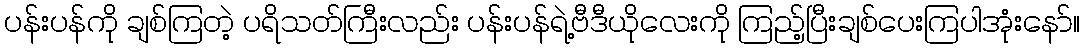
ပန်းပန်ကို ချစ်ကြတဲ့ ပရိသတ်ကြီးလည်း ပန်းပန်ရဲ့ဗီဒီယိုလေးကို ကြည့်ပြီးချစ်ပေးကြပါအုံးနော်။